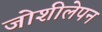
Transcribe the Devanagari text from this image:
जोशीलेपन